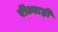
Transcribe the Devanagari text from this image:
रीत्याही